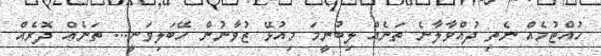
ހުއްޓުމެއް ނެތި ދުއްވާލާނެ ތަނެއް ލިބުނީމަ މިއުޅޭ ޒުވާނުން ހޭބަލިވަނީ... ތަނެއް ދޮރެއް